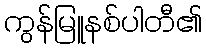
ကွန်မြူနစ်ပါတီ၏